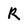
Character: R